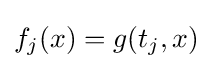
f_{j}(x)=g(t_{j},x)